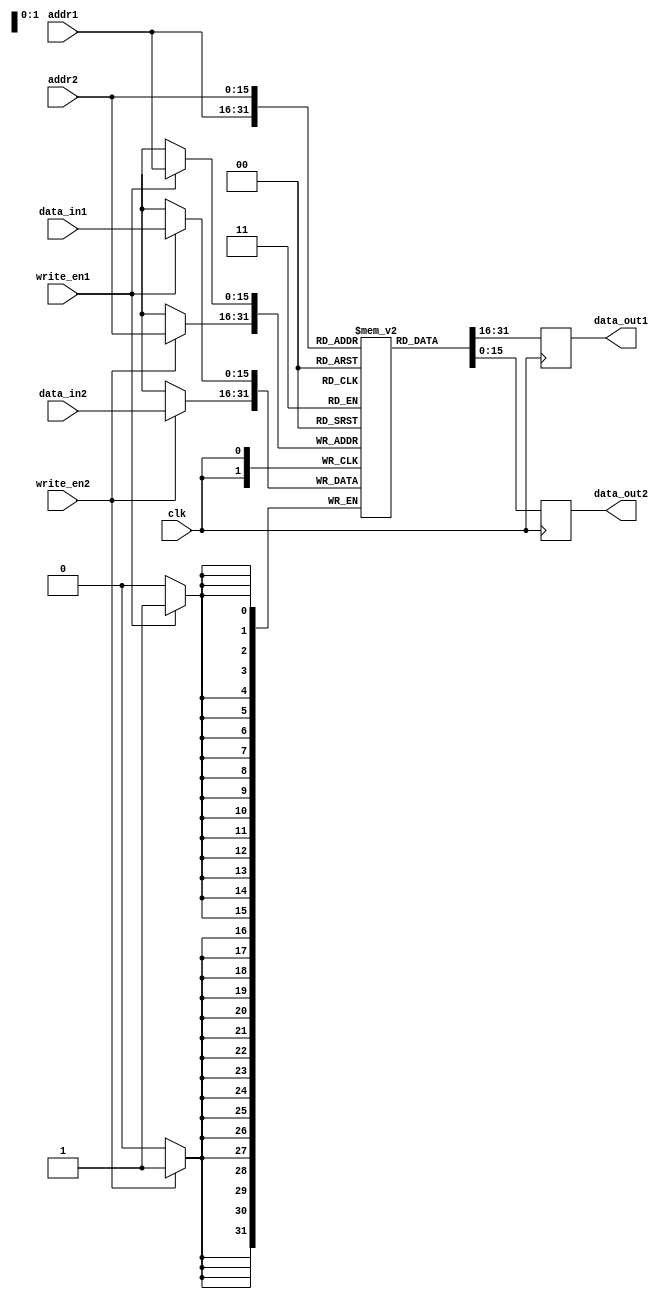
module dual_port_ram
(
    input wire clk,
    input wire [15:0] addr1,
    input wire [15:0] addr2,
    input wire [15:0] data_in1,
    input wire [15:0] data_in2,
    input wire write_en1,
    input wire write_en2,
    output wire [15:0] data_out1,
    output wire [15:0] data_out2
);

reg [15:0] mem [0:65535]; // dual-port RAM with 64K locations

always @(posedge clk) begin
    if(write_en1)
        mem[addr1] <= data_in1;
    
    if(write_en2)
        mem[addr2] <= data_in2;
    
    data_out1 <= mem[addr1];
    data_out2 <= mem[addr2];
end

endmodule